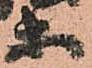
等